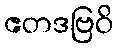
ဧတဒဗြဝိ